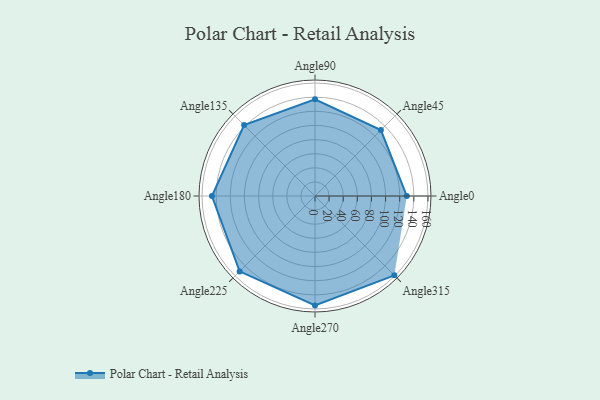
{"axis": {"x": "Angle", "y": "Radius"}, "legend": [""], "data": [{"x": "Angle0", "y": 130.0, "type": ""}, {"x": "Angle45", "y": 132.0, "type": ""}, {"x": "Angle90", "y": 137.0, "type": ""}, {"x": "Angle135", "y": 142.0, "type": ""}, {"x": "Angle180", "y": 146.0, "type": ""}, {"x": "Angle225", "y": 151.0, "type": ""}, {"x": "Angle270", "y": 155.0, "type": ""}, {"x": "Angle315", "y": 159.0, "type": ""}]}